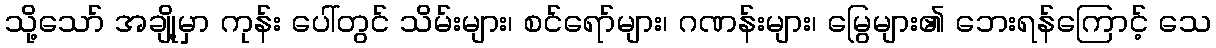
သို့သော် အချို့မှာ ကုန်း ပေါ်တွင် သိမ်းများ၊ စင်ရော်များ၊ ဂဏန်းများ၊ မြွေများ၏ ဘေးရန်ကြောင့် သေ